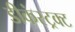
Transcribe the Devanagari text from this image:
डीकंस्ट्रक्ट